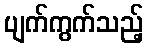
ပျက်ကွက်သည့်